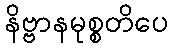
နိဗ္ဗာနမုစ္စတိပေ